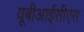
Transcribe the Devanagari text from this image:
यूबीआईसीएस